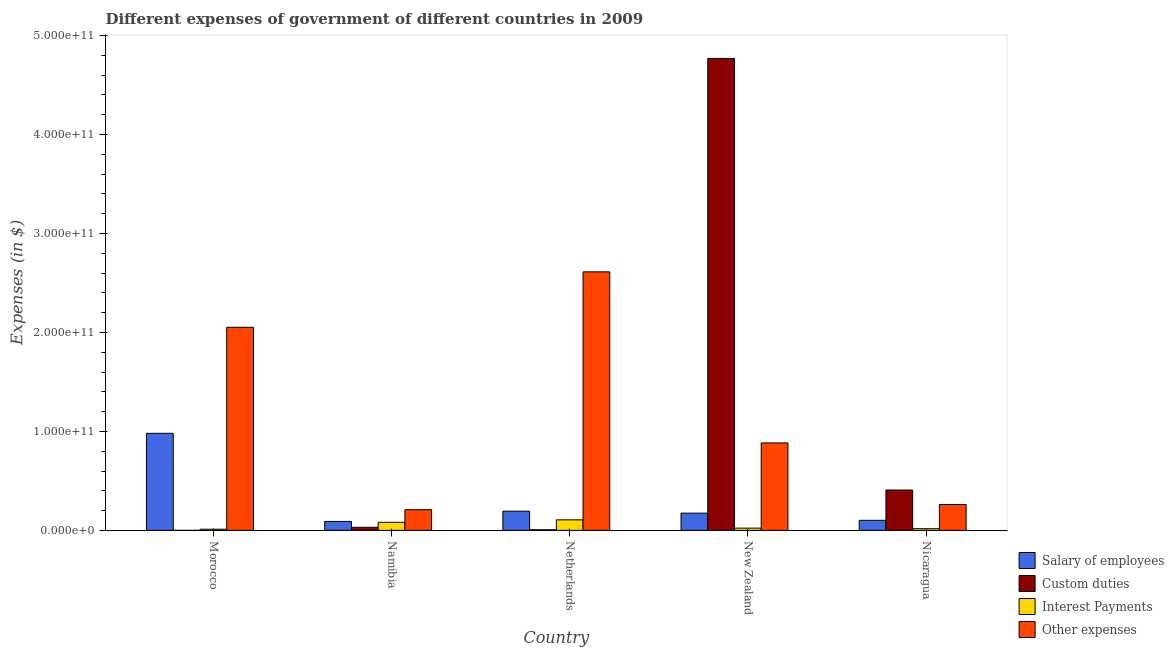
| Country | Salary of employees | Custom duties | Interest Payments | Other expenses |
 | --- | --- | --- | --- | --- |
 | Morocco | 9.81e+10 | 9.9e+05 | 1.2e+09 | 2.05e+11 |
 | Namibia | 9.05e+09 | 3.11e+09 | 8.15e+09 | 2.09e+10 |
 | Netherlands | 1.94e+10 | 6.5e+08 | 1.06e+10 | 2.61e+11 |
 | New Zealand | 1.74e+10 | 4.77e+11 | 2.3e+09 | 8.84e+10 |
 | Nicaragua | 1.02e+10 | 4.08e+10 | 1.71e+09 | 2.62e+10 |